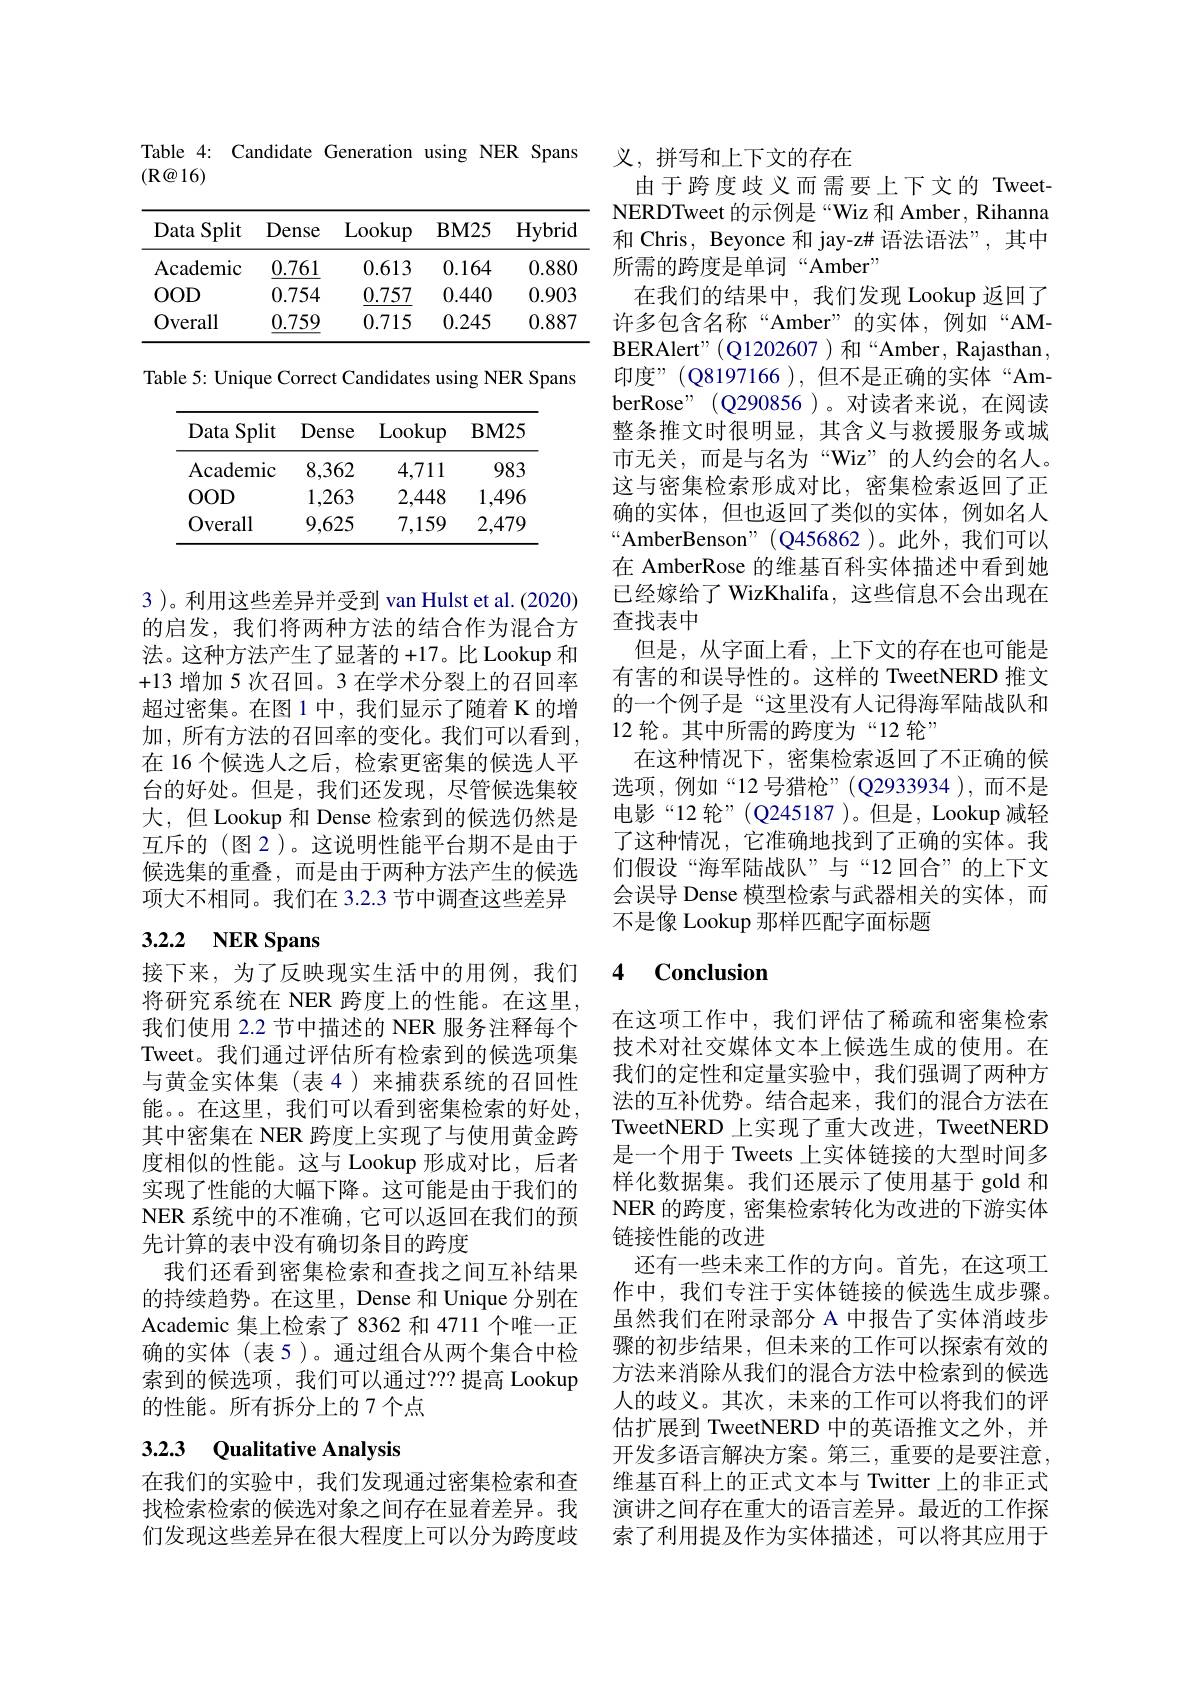
Table 4: Candidate Generation using NER Spans
$( \mathbb{R} \textcircled {a}16)$

<table>
	<tbody>
		<tr>
			<th>Data Split</th>
			<th>Dense</th>
			<th>Lookup</th>
			<th>$\mathbf{BM25}$</th>
			<th>Hybrid</th>
		</tr>
		<tr>
			<td>Academic</td>
			<td>0.761</td>
			<td>0.613</td>
			<td>0.164</td>
			<td>0.880</td>
		</tr>
		<tr>
			<td>$OOD$</td>
			<td>0.754</td>
			<td>0.757</td>
			<td>0.440</td>
			<td>0.903</td>
		</tr>
		<tr>
			<td>Overall</td>
			<td>0.759</td>
			<td>0.715</td>
			<td>0.245</td>
			<td>0.887</td>
		</tr>
	</tbody>
</table>

Table 5: Unique Correct Candidates using NER Spans

<table>
	<tbody>
		<tr>
			<th>Data Split</th>
			<th>Dense</th>
			<th>Lookup</th>
			<th>$BM25$</th>
		</tr>
		<tr>
			<td>Academic</td>
			<td>8,362</td>
			<td>4,711</td>
			<td>983</td>
		</tr>
		<tr>
			<td>Overall</td>
			<td>9,625</td>
			<td>7,159</td>
			<td>2,479</td>
		</tr>
	</tbody>
</table>

3 )。利用这些差异并受到 van Hulst et al. (2020) 的启发，我们将两种方法的结合作为混合方法。这种方法产生了显著的+17。比Lookup 和+13增加 5 次召回。3 在学术分裂上的召回率超过密集。在图 1 中，我们显示了随着 K 的增加，所有方法的召回率的变化。我们可以看到， 在 16 个候选人之后，检索更密集的候选人平台的好处。但是，我们还发现，尽管候选集较大，但 Lookup 和 Dense 检索到的候选仍然是互斥的(图 2)。这说明性能平台期不是由于候选集的重叠，而是由于两种方法产生的候选项大不相同。我们在 3.2.3 节中调查这些差异

# 3.2.2 NER Spans

接下来，为了反映现实生活中的用例，我们将研究系统在 NER 跨度上的性能。在这里我们使用 2.2 节中描述的 NER 服务注释每个Tweet。我们通过评估所有检索到的候选项集与黄金实体集(表4)来捕获系统的召回性能。在这里，我们可以看到密集检索的好处， 其中密集在 NER 跨度上实现了与使用黄金跨度相似的性能。这与 Lookup 形成对比，后者实现了性能的大幅下降。这可能是由于我们的NER 系统中的不准确，它可以返回在我们的预先计算的表中没有确切条目的跨度
我们还看到密集检索和查找之间互补结果的持续趋势。在这里，Dense 和 Unique 分别在Academic 集上检索了 8362 和 4711 个唯一正确的实体(表5)。通过组合从两个集合中检索到的候选项，我们可以通过？?? 提高 Lookup 的性能。所有拆分上的 7 个点

# 3.2.3 Qualitative Analysis

在我们的实验中，我们发现通过密集检索和查找检索检索的候选对象之间存在显着差异。我们发现这些差异在很大程度上可以分为跨度歧

# 义，拼写和上下文的存在

由于跨度歧义而需要上下文的 TweetNERDTweet 的示例是“Wiz 和 Amber, Rihanna 和 Chris, Beyonce 和 jay-z# 语法语法”,其中所需的跨度是单词“Amber”
在我们的结果中，我们发现 Lookup 返回了许多包含名称“Amber”的实体，例如“AMBERAlert"(Q1202607 )和“Amber, Rajasthan, 印度”(Q8197166),但不是正确的实体“AmberRose" (Q290856)。对读者来说，在阅读整条推文时很明显，其含义与救援服务或城市无关，而是与名为“Wiz”的人约会的名人。这与密集检索形成对比，密集检索返回了正确的实体，但也返回了类似的实体，例如名人“AmberBenson”(Q456862)。此外，我们可以在 AmberRose 的维基百科实体描述中看到她已经嫁给了 WizKhalifa, 这些信息不会出现在查找表中
但是，从字面上看，上下文的存在也可能是有害的和误导性的。这样的 TweetNERD 推文的一个例子是“这里没有人记得海军陆战队和12 轮。其中所需的跨度为“12 轮”
在这种情况下，密集检索返回了不正确的候选项，例如“12 号猎枪”(Q2933934 ),而不是电影“12 轮”(Q245187 )。但是，Lookup 减轻了这种情况，它准确地找到了正确的实体。我们假设“海军陆战队”与“12 回合”的上下文会误导 Dense 模型检索与武器相关的实体，而不是像 Lookup 那样匹配字面标题

### 4 $\textbf{Conclusion}$

在这项工作中，我们评估了稀疏和密集检索技术对社交媒体文本上候选生成的使用。在我们的定性和定量实验中，我们强调了两种方法的互补优势。结合起来，我们的混合方法在TweetNERD 上实现了重大改进，TweetNERD 是一个用于 Tweets 上实体链接的大型时间多样化数据集。我们还展示了使用基于 gold 和NER 的跨度，密集检索转化为改进的下游实体链接性能的改进
还有一些未来工作的方向。首先，在这项工作中，我们专注于实体链接的候选生成步骤。虽然我们在附录部分 A 中报告了实体消歧步骤的初步结果，但未来的工作可以探索有效的方法来消除从我们的混合方法中检索到的候选人的歧义。其次，未来的工作可以将我们的评估扩展到 TweetNERD 中的英语推文之外，并开发多语言解决方案。第三，重要的是要注意， 维基百科上的正式文本与 Twitter 上的非正式演讲之间存在重大的语言差异。最近的工作探索了利用提及作为实体描述，可以将其应用于